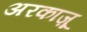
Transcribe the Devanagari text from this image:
अरकाज़ू